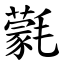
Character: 氋